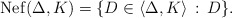
\begin{align*} {\rm Nef}(\Delta,K) = \{D\in\langle \Delta, K\rangle\, :\, D\}.\end{align*}